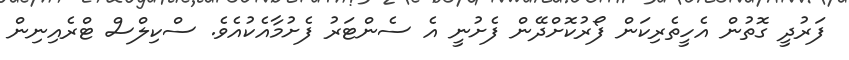
ފަރުދީ ގޮތުން އެހީތެރިކަން ފޯރުކޮށްދޭން ފެށުނީ އެ ސެންޓަރު ފެށުމާއެކުއެވެ. ސްކިލްސް ޓްރެއިނިން